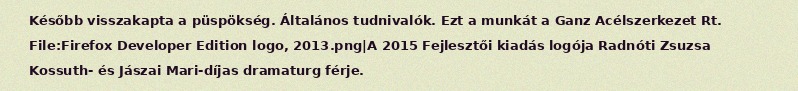
Később visszakapta a püspökség. Általános tudnivalók. Ezt a munkát a Ganz Acélszerkezet Rt. File:Firefox Developer Edition logo, 2013.png|A 2015 Fejlesztői kiadás logója Radnóti Zsuzsa Kossuth- és Jászai Mari-díjas dramaturg férje.